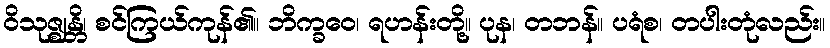
ဝိသုဇ္ဈန္တိ၊ စင်ကြယ်ကုန်၏။ ဘိက္ခဝေ၊ ရဟန်းတို့။ ပုန၊ တဘန်။ ပရံစ၊ တပါးတုံလည်း။